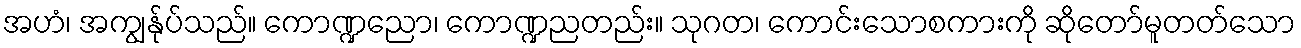
အဟံ၊ အကျွန်ုပ်သည်။ ကောဏ္ဍညော၊ ကောဏ္ဍညတည်း။ သုဂတ၊ ကောင်းသောစကားကို ဆိုတော်မူတတ်သော